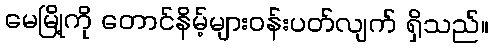
မေမြို့ကို တောင်နိမ့်များဝန်းပတ်လျက် ရှိသည်။